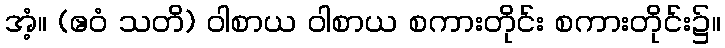
အံ့။ (ဧဝံ သတိ) ဝါစာယ ဝါစာယ စကားတိုင်း စကားတိုင်း၌။